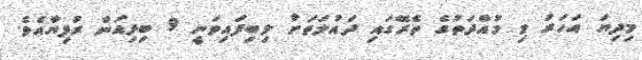
މިދިޔަ އަހަރު މި މުއްދަތުގެ ތެރޭގައި ދައުލަތަށް ލިބިފައިވަނީ 9 ބިލިއަން ރުފިޔާއެވެ.